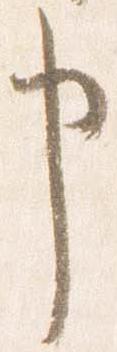
申